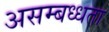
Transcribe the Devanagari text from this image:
असम्बध्धता